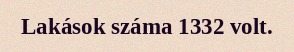
Lakások száma 1332 volt.